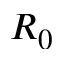
R _ { 0 }